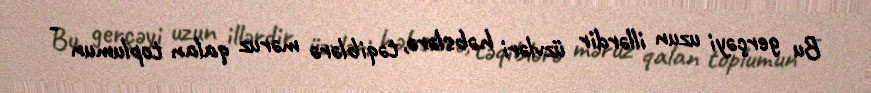
Bu gerçəyi uzun illərdir üzvləri həbslərə, təqiblərə məruz qalan toplumun -